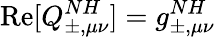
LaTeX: \operatorname{Re}[Q_{\pm,\mu\nu}^{NH}]=g_{\pm,\mu\nu}^{NH}